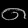
Digit: ၈